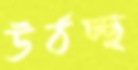
উঠচ্ছ